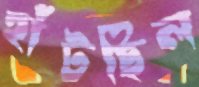
হাঁটছিল